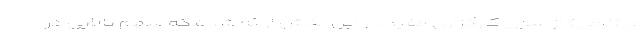
و «نامی» از سوی کارگزاری مفید در این بخش ارائه شده که سهم بالایی در